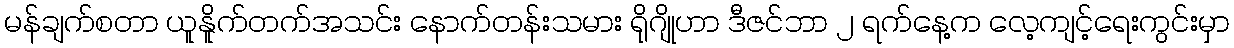
မန်ချက်စတာ ယူနိူက်တက်အသင်း နောက်တန်းသမား ရိုဂျိုဟာ ဒီဇင်ဘာ ၂ ရက်နေ့က လေ့ကျင့်ရေးကွင်းမှာ